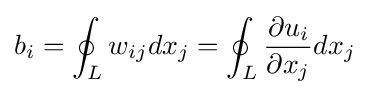
b_{i}=\oint _{L}w_{ij}d{x_{j}}=\oint _{L}{\frac {\partial u_{i}}{\partial x_{j}}}d{x_{j}}